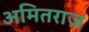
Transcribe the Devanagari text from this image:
अमितराज